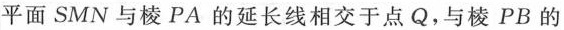
平面SMN与棱PA的延长线相交于点Q，与棱PB的